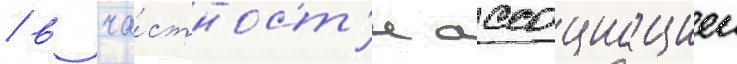
/ в ча́стност'и ассоциациеи